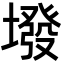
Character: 墢